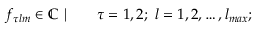
\begin{array} { r l } { f _ { \tau l m } \in \mathbb { C } \ | \quad } & { { } \tau = 1 , 2 ; \ l = 1 , 2 , \ldots , l _ { m a x } ; } \end{array}